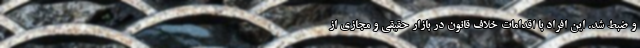
و ضبط شد. این افراد با اقدامات خلاف قانون در بازار حقیقی و مجازی از